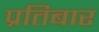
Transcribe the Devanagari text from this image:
प्रतिबार